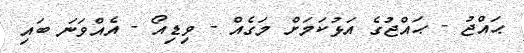
ޙައްޖު - ޙައްޖުގެ އަޅުކަމަށް މަގެއް - ވިޑިއޯ - އެއްވަނަ ބައި